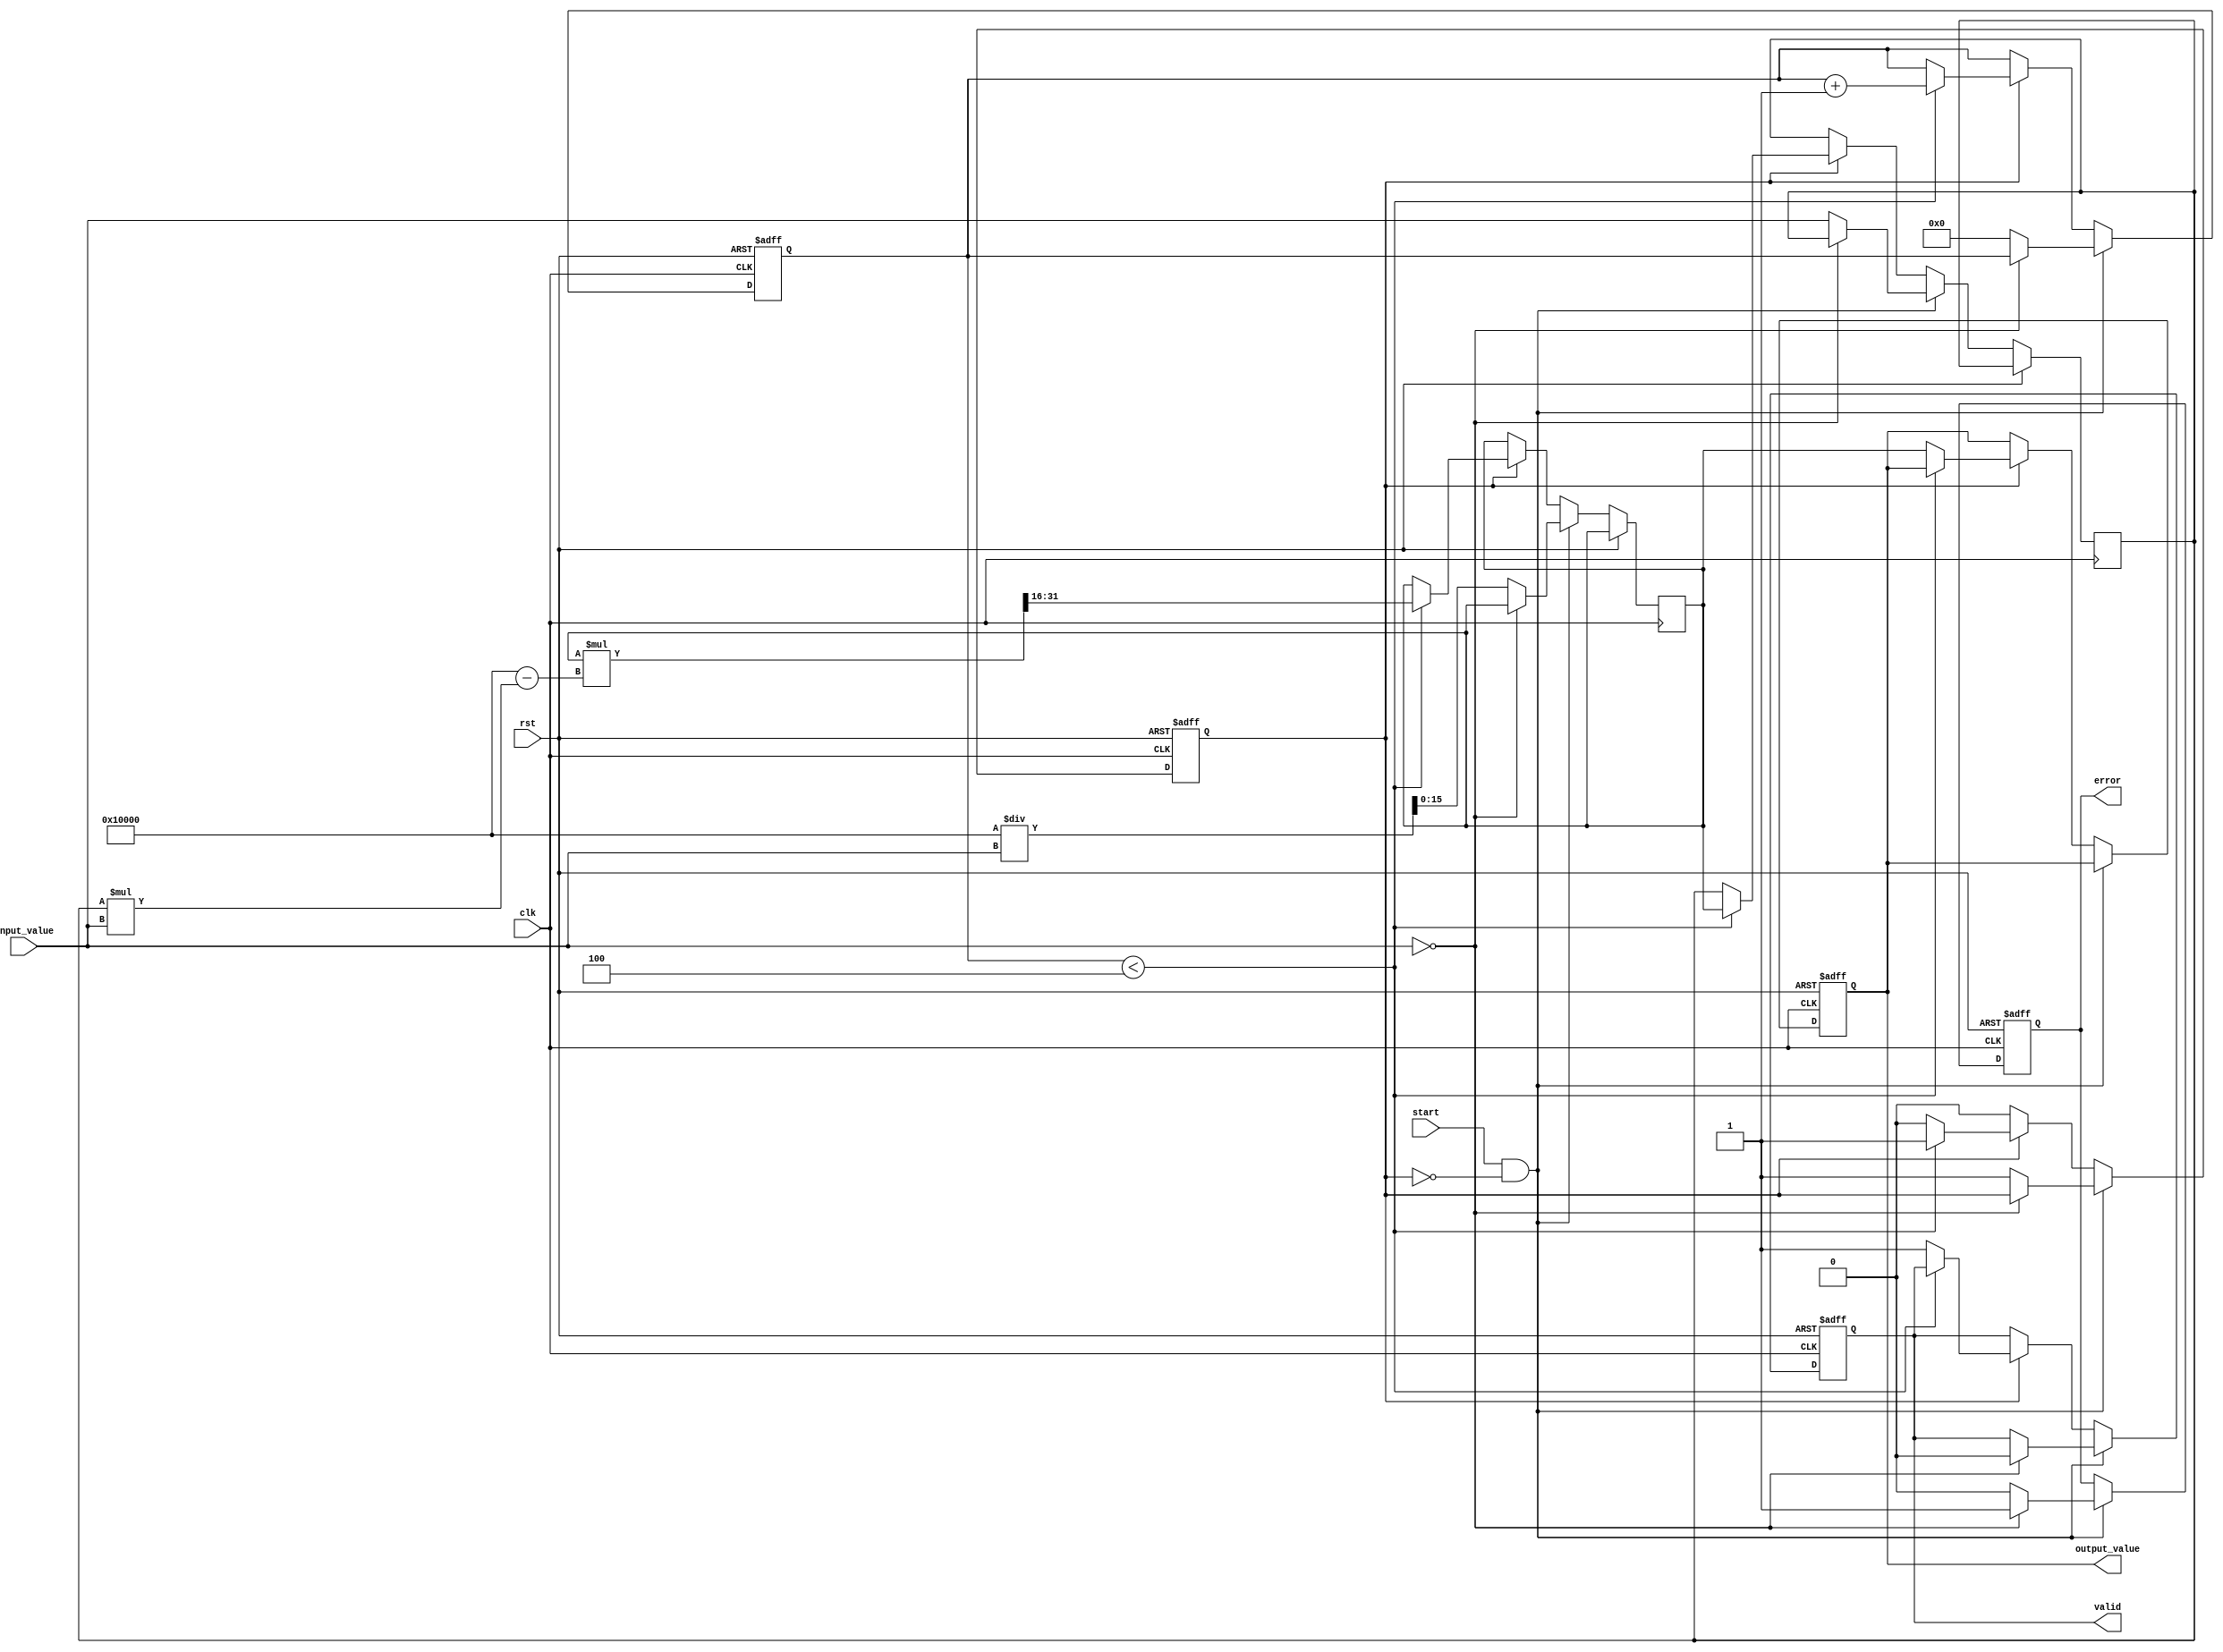
module DirectReciprocalUnit #(
    parameter WIDTH = 16, // Bit-width of input and output
    parameter ITERATIONS = 4 // Number of iterations for Newton-Raphson
)(
    input wire clk,
    input wire rst,
    input wire [WIDTH-1:0] input_value, // Input value
    input wire start, // Signal to start the computation
    output reg [WIDTH-1:0] output_value, // Output reciprocal value
    output reg valid, // Signal indicating output is valid
    output reg error // Error signal for division by zero
);

    reg [WIDTH-1:0] x; // Current approximation
    reg [WIDTH-1:0] r; // Reciprocal result
    reg [3:0] count; // Iteration counter
    reg computing; // State to indicate if computation is ongoing

    // Initializing output and error signals
    always @(posedge clk or posedge rst) begin
        if (rst) begin
            output_value <= 0;
            valid <= 0;
            error <= 0;
            computing <= 0;
            count <= 0;
        end else begin
            if (start && !computing) begin
                if (input_value == 0) begin
                    error <= 1; // Set error for division by zero
                    valid <= 0;
                end else begin
                    error <= 0; // Clear error
                    x <= input_value; // Initial guess
                    r <= (1 << WIDTH) / input_value; // Initial approximation
                    count <= 0;
                    computing <= 1; // Start computation
                end
            end else if (computing) begin
                if (count < ITERATIONS) begin
                    // Newton-Raphson iteration: x(n+1) = x(n) * (2 - x(n) * input_value)
                    r <= r * (2**WIDTH - x * input_value) >> WIDTH; // Update reciprocal
                    x <= r; // Update x for next iteration
                    count <= count + 1; // Increment iteration counter
                end else begin
                    output_value <= r; // Final output
                    valid <= 1; // Output is valid
                    computing <= 0; // End computation
                end
            end
        end
    end

endmodule